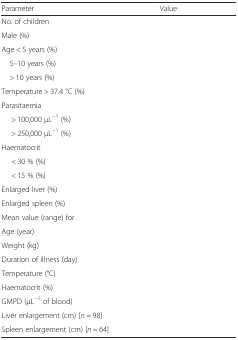
<table><thead><tr><td><b>Parameter</b></td><td><b>Value</b></td></tr></thead><tbody><tr><td>No. of children</td><td>[EMPTY_CELL]</td></tr><tr><td>Male (%)</td><td>[EMPTY_CELL]</td></tr><tr><td>Age &lt; 5 years (%)</td><td>[EMPTY_CELL]</td></tr><tr><td> 5–10 years (%)</td><td>[EMPTY_CELL]</td></tr><tr><td> &gt; 10 years (%)</td><td>[EMPTY_CELL]</td></tr><tr><td>Temperature &gt; 37.4 °C (%)</td><td>[EMPTY_CELL]</td></tr><tr><td>Parasitaemia</td><td>[EMPTY_CELL]</td></tr><tr><td>&gt; 100,000 μL<sup>−1</sup> (%)</td><td>[EMPTY_CELL]</td></tr><tr><td>&gt; 250,000 μL<sup>−1</sup> (%)</td><td>[EMPTY_CELL]</td></tr><tr><td>Haematocrit</td><td>[EMPTY_CELL]</td></tr><tr><td>&lt; 30 % (%)</td><td>[EMPTY_CELL]</td></tr><tr><td>&lt; 15 % (%)</td><td>[EMPTY_CELL]</td></tr><tr><td>Enlarged liver (%)</td><td>[EMPTY_CELL]</td></tr><tr><td>Enlarged spleen (%)</td><td>[EMPTY_CELL]</td></tr><tr><td>Mean value (range) for</td><td>[EMPTY_CELL]</td></tr><tr><td>Age (year)</td><td>[EMPTY_CELL]</td></tr><tr><td>Weight (kg)</td><td>[EMPTY_CELL]</td></tr><tr><td>Duration of illness (day)</td><td>[EMPTY_CELL]</td></tr><tr><td>Temperature (°C)</td><td>[EMPTY_CELL]</td></tr><tr><td>Haematocrit (%)</td><td>[EMPTY_CELL]</td></tr><tr><td>GMPD (μL<sup>−1</sup> of blood)</td><td>[EMPTY_CELL]</td></tr><tr><td>Liver enlargement (cm) [<i>n</i> = 98]</td><td>[EMPTY_CELL]</td></tr><tr><td>Spleen enlargement (cm) [<i>n</i> = 64]</td><td>[EMPTY_CELL]</td></tr></tbody></table>